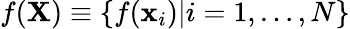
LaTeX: f(\textbf{X})\equiv\{ f(\textbf{x}_{i})|i=1,\dots,N\}